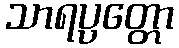
သာရပ္ပတ္တော